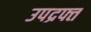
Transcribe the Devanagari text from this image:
उपद्रफ्त